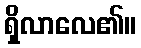
ရှိလာလေ၏။